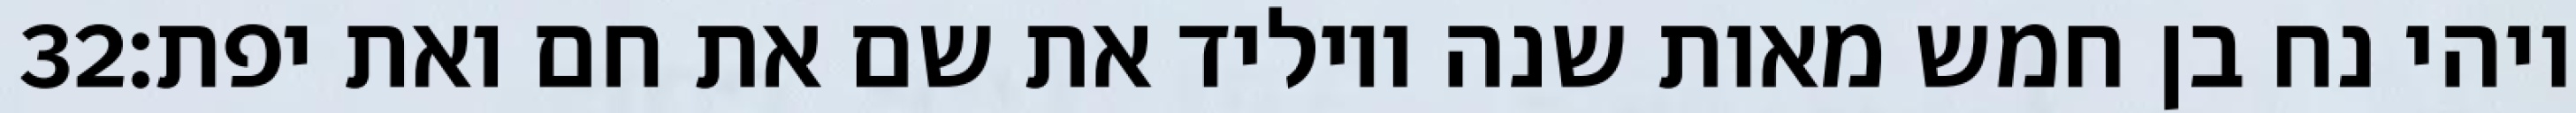
‎32‏ ויהי נח בן חמש מאות שנה ויוליד את שם את חם ואת יפת׃